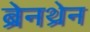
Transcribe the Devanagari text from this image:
ब्रेनथ्रेन